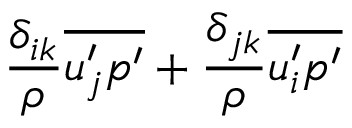
\frac { \delta _ { i k } } { \rho } \overline { { u _ { j } ^ { \prime } p ^ { \prime } } } + \frac { \delta _ { j k } } { \rho } \overline { { u _ { i } ^ { \prime } p ^ { \prime } } }